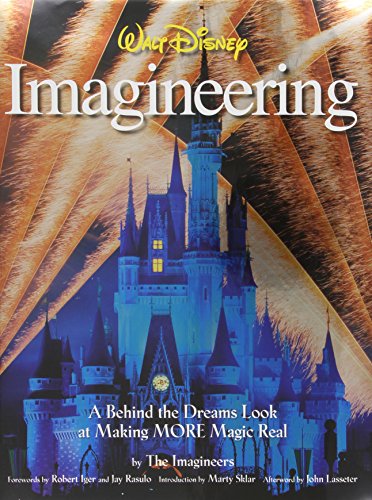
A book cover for Walt Disney Imagineering: A Behind the Dreams Look at Making More Magic Real; The Imagineers; Engineering & Transportation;